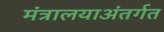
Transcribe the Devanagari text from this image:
मंत्रालयाअंतर्गत